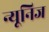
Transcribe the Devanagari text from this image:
न्यूनिज